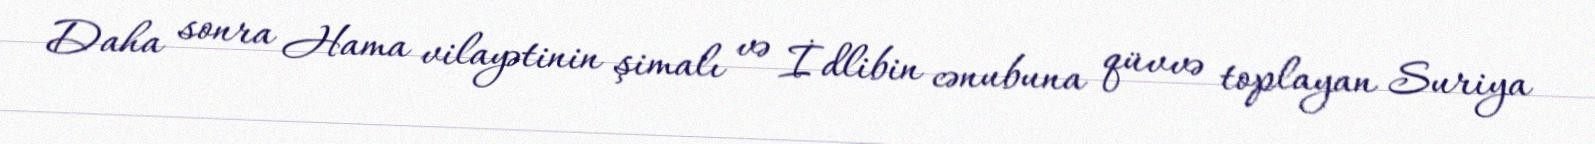
Daha sonra Hama vilayətinin şimalı və İdlibin cənubuna qüvvə toplayan Suriya